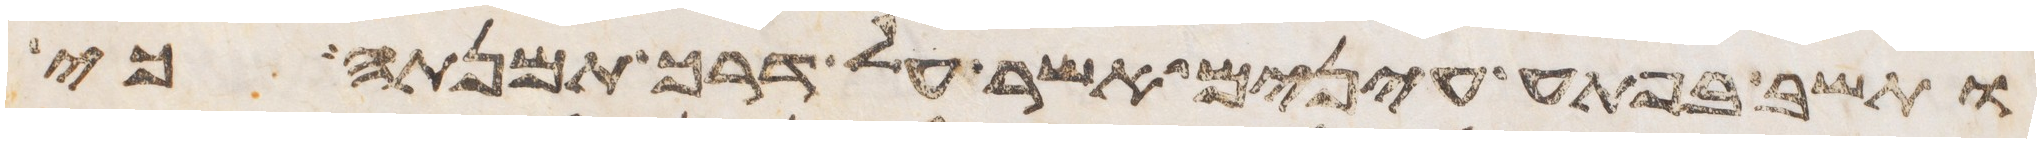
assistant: ותשב בפתע עינים אשר על דרך תמנתה כי